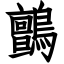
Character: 鸇